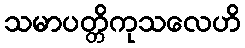
သမာပတ္တိကုသလေဟိ